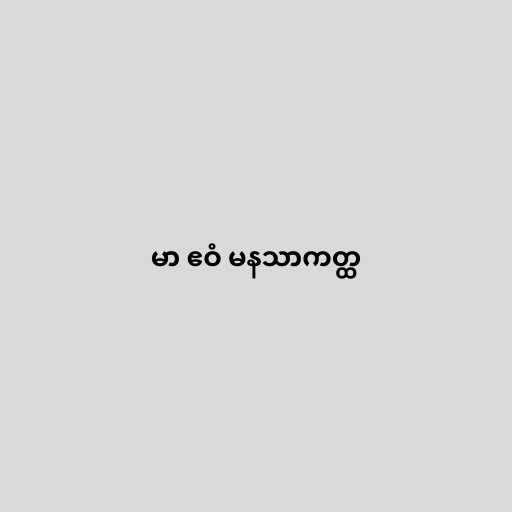
မာ ဧဝံ မနသာကတ္ထ